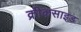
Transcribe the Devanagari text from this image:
क्रीकसाइड